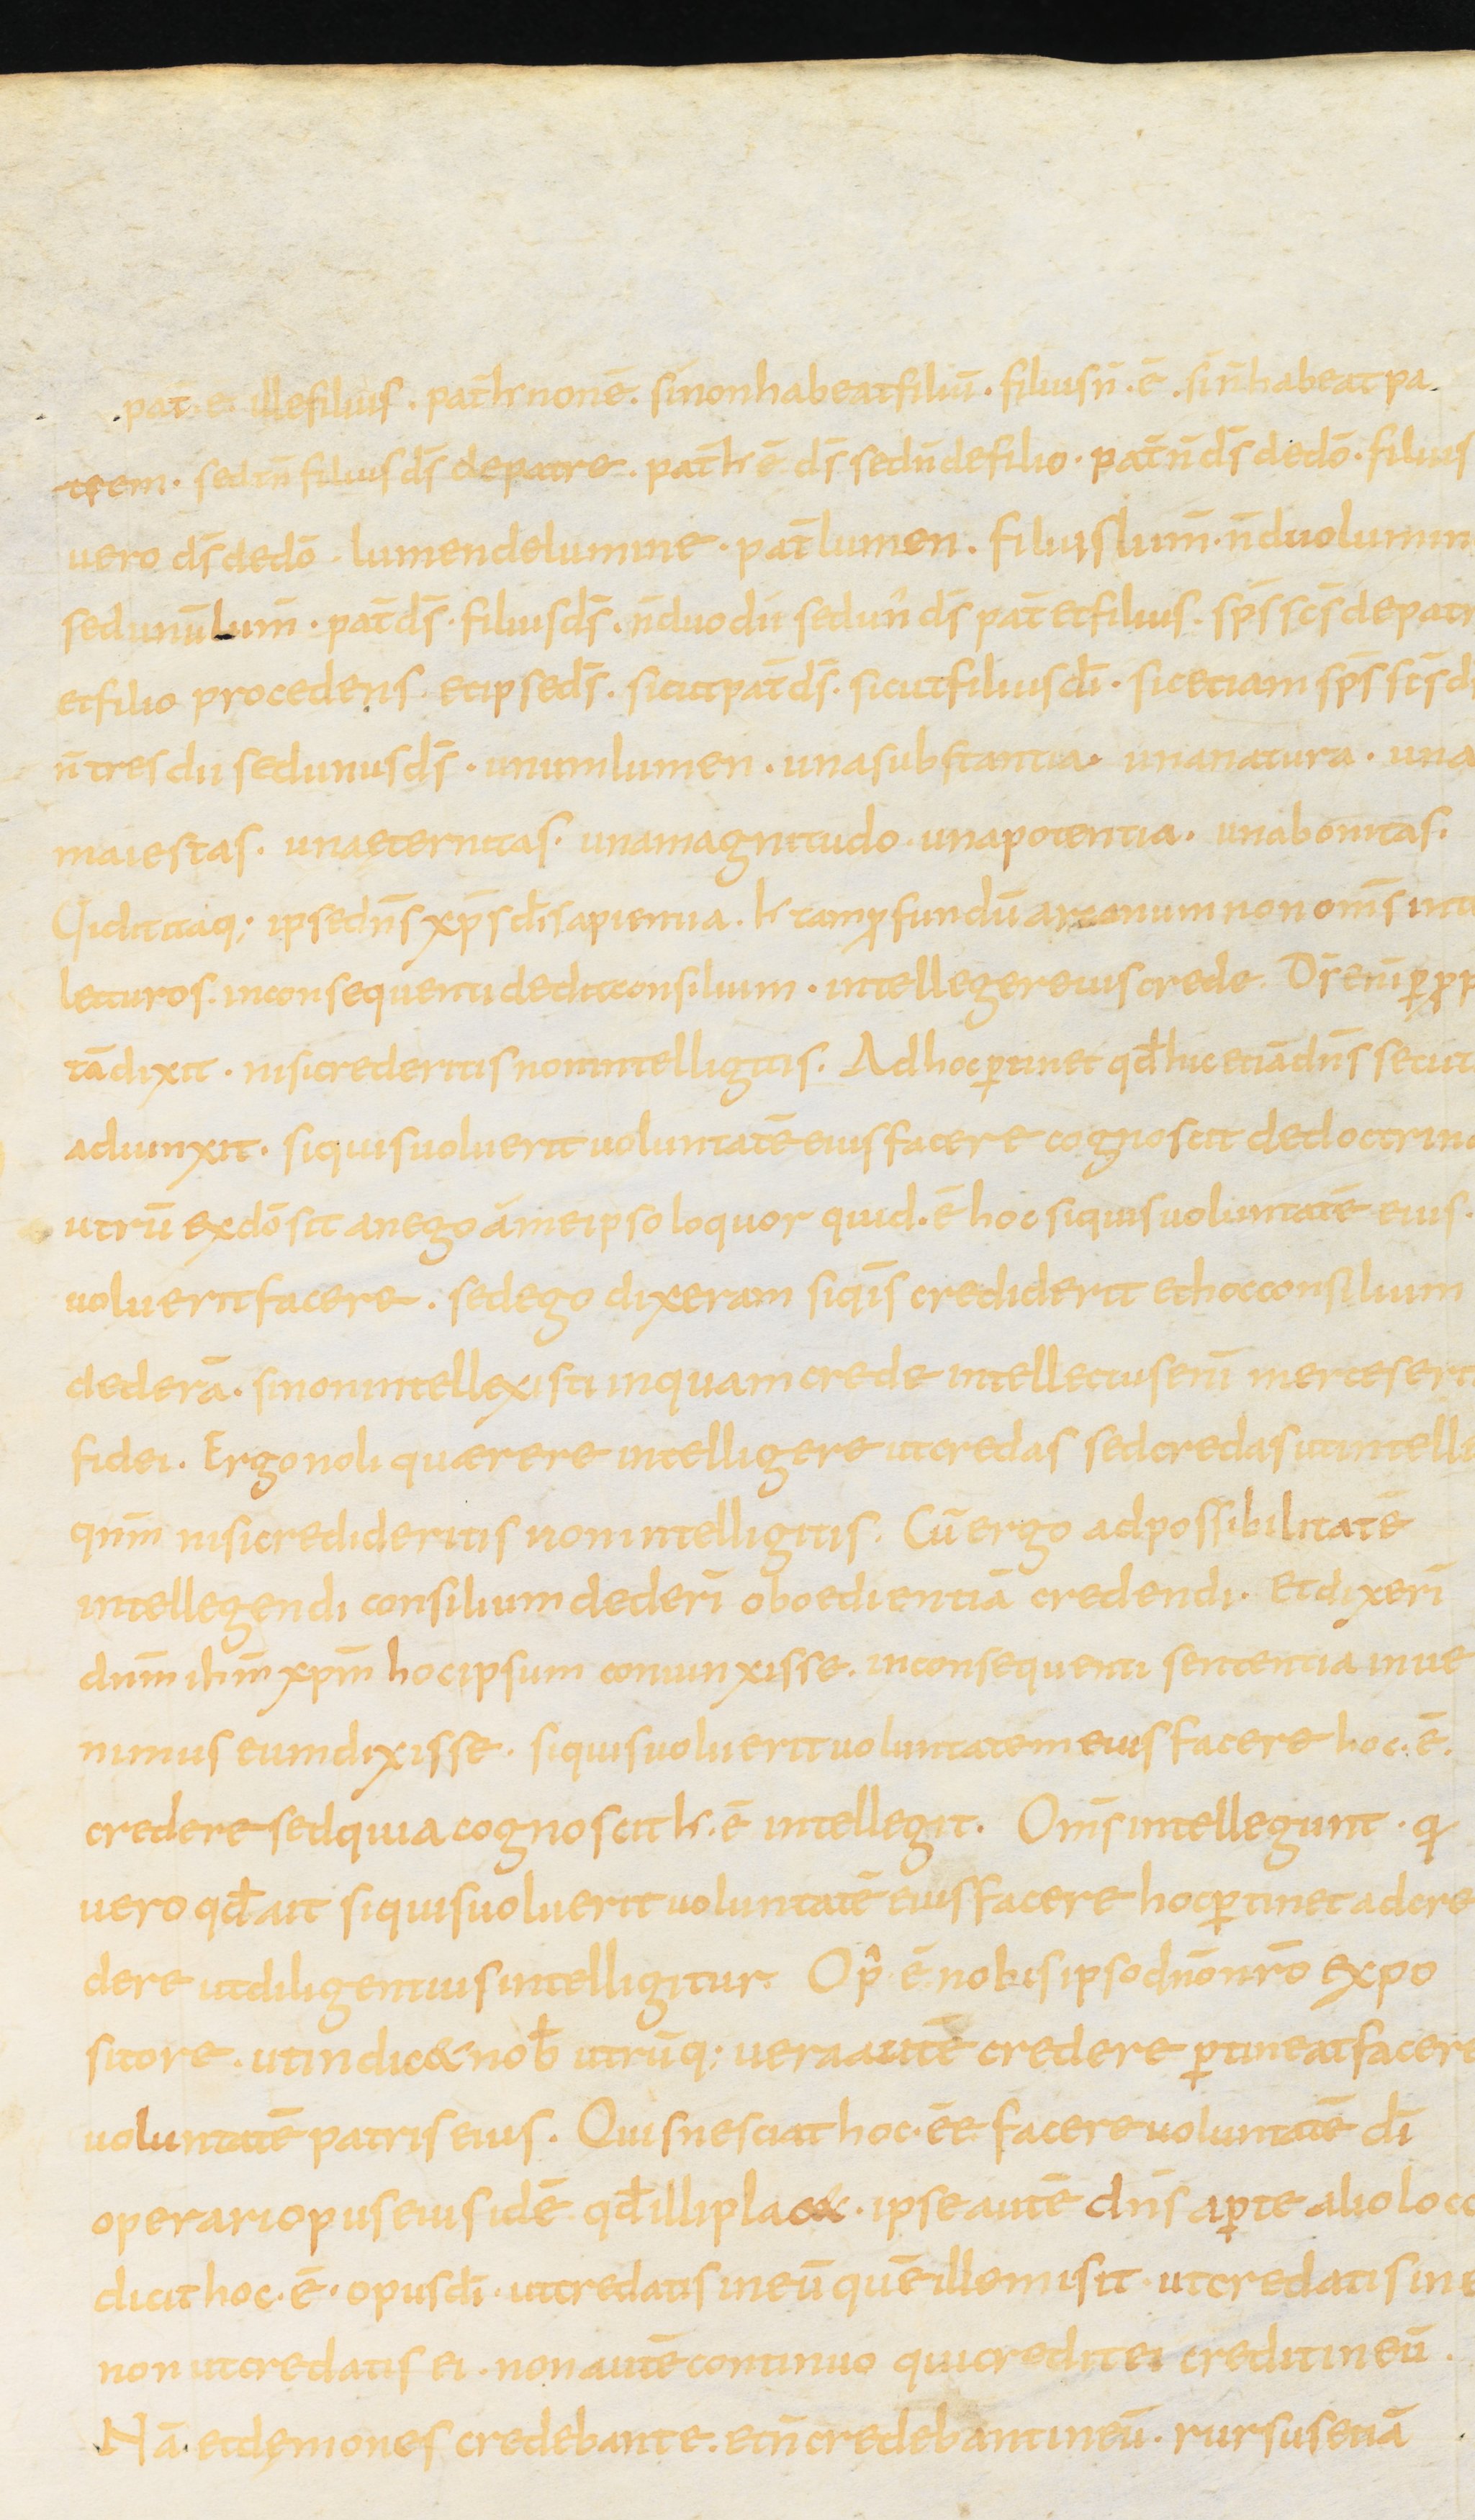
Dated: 800–899